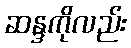
ဆန္ဒကိုလည်း